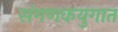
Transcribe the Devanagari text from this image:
संगणकयुगात